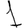
Digit: 1